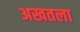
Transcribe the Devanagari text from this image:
अखतला